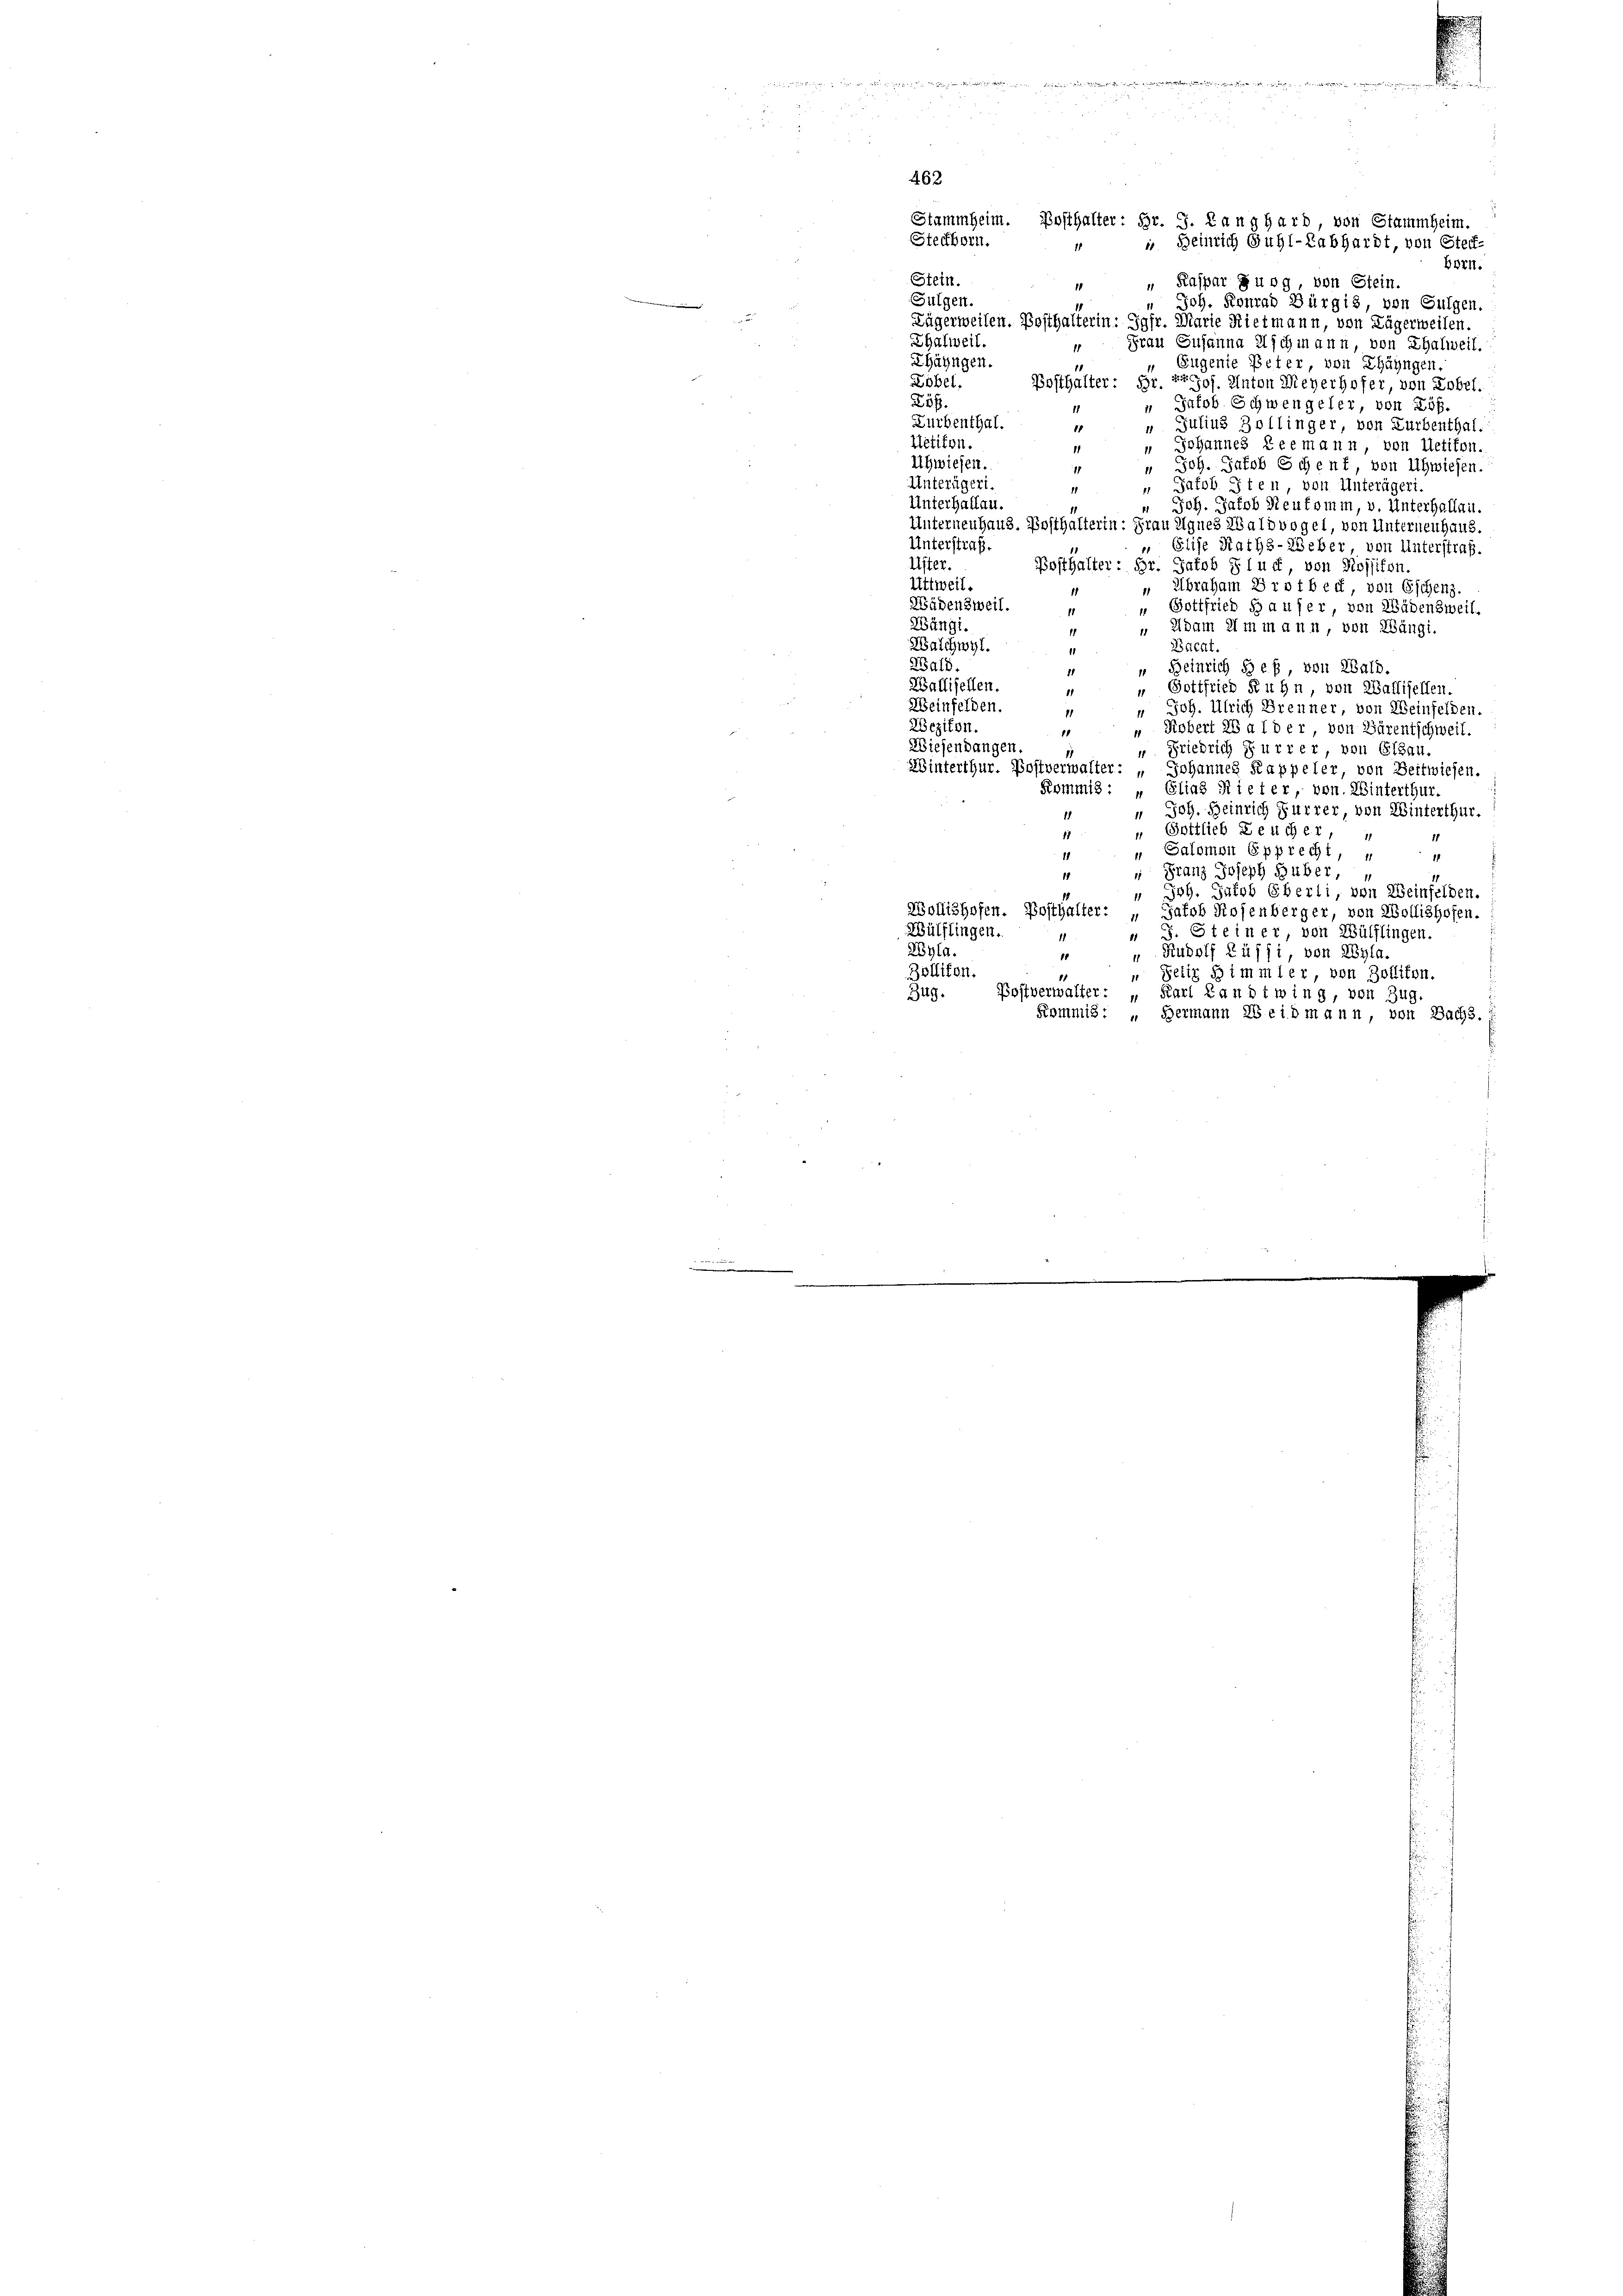
u

462.
Stammheim. Bosthalter: Hr. J. Langhard, von Stammheim.
Steckborn.
“ Heinrich Guhl-Labhardt, von Steck-
11
Born.
Stein.
 " Kaspar Burg, von Stein.
Fulgen.
n Joh. Konrad Bürgis, von Gulgen.
Lägerweilen. Posthalterin: Jgfr. Marie Rietmann, von Lägerweilen
Ehalweil.
Frau Susanna Eschmann, von Thalweil.
Zäzügen.
 Eugente Peter, von Thängen.
Löbel.
Bosthalter: Hr. Prof. Anton Meyerhofer, von Zobel.
Löf
“ Jakob Schwengeler, von Löf
Lurbenthal.
Julius Zollinger von Zurbenthal.
11
Uetikon.
Johannes Leemann, von Uetikon.
1
Uhwiesen.
" Joh. Jakob Schenf, von Uhwiesen.
Unterägeri.
Jatob Iten, von Unterägeri.
11
Unterhallau.
Joh. Jakob Neukomm, v. Unterhallai
Unterneuhaus. Bosthalterin: Frau Agnes Waldvogel, von Unternenhaus.
Unterstraf.
Elise Raths-Ueber, von Unterstraf.
Uster.
Posthalter: Hr. Jakob Slut, von Rossikon.
ttweil.
 Ibraham Brotbect, von Eschens.
Wädensweil.
Bottfried d aufer, von Wädensweil,
Wängi.
 Adam im in ann, von Wängi.
Walchwyl.
Buckt.
23ald.
“ Heinrich Heß, von Wald.
1
Wallisellen.
" Gottfried Kuhn, von Wallisellen.
1
Weinfelden.
" Joh. Ulrich Brenner, von Weinfelden.
Wezikon.
Kobert 28 a 1 der, von Bärentschweil.
1
11
Wiesendangen.
“ Friedrich Furrer, von Elsau.
Winterthur. Postverwalter: „Johannes Kappeler, von Zeitwiesen.
Kommis : „Elias Rieter, von. Winterthur.
" Joh. Heinrich Furrer, von Winterthur.
1
" Gottlieb Leucher
" Salomon Epprecht,
1
 Franz Joseph Huber,
1
 Joh. Jakob Eberli, von Weinfelden.
Wollishofen. Posthalter: „Jakob Rosenberger, von Wollishofen.
Wülflingen.
 J. Steiner von Wülflingen.
11
Röhla.
Rudolf Büffi, von Wyla.
8
11
Zollikon.
11
" Petit Simmler, von Zollikon.
Zug. Postverwalter: „Karl Landtwing, von Zug.
Kommis. – Hermann Weidmann, von Bachs.

Se un